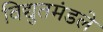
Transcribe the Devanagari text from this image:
विद्युतमंडले